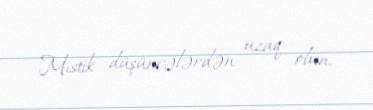
Mistik düşüncələrdən uzaq olun.